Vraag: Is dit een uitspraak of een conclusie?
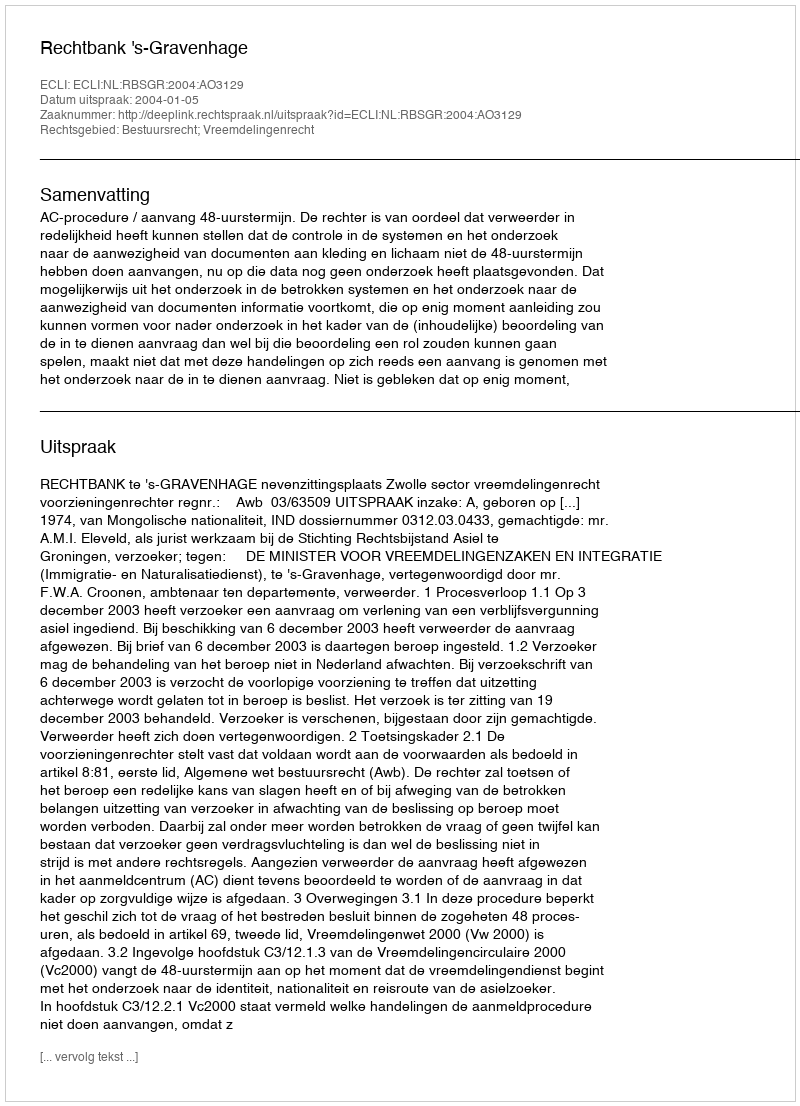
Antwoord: Uitspraak